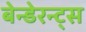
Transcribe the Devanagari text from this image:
बेन्डेरन्ट्स